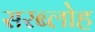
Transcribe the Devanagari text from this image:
सरब्लोह